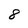
Character: 8